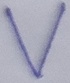
Text: V